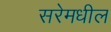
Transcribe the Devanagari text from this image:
सरेमधील